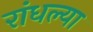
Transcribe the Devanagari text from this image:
रांधल्या